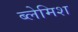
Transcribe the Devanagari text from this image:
ब्लेमिश